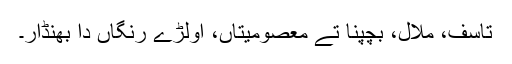
تاسف، ملال، بچپنا تے معصومیتاں، اولڑے رنگاں دا بھنڈار۔